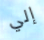
إلي